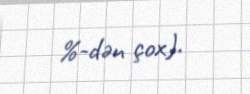
%-dən çox).